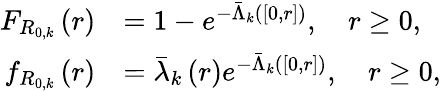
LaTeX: \begin{array}{rl}{F_{R_{0,k}}\left(r\right)}&{=1-e^{-\bar{\Lambda}_{k}\left(\left[0,r\right]\right)},\quad r\ge 0,}\\ {f_{R_{0,k}}\left(r\right)}&{=\bar{\lambda}_{k}\left(r\right)e^{-\bar{\Lambda}_{k}\left(\left[0,r\right]\right)},\quad r\ge 0,}\end{array}